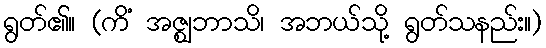
ရွတ်၏။ (ကိံ အဇ္ဈဘာသိ၊ အဘယ်သို့ ရွတ်သနည်း။)